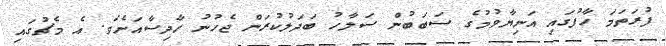
ފުރަތަމަ ހާފުގައި އަނިޔާވުމުގެ ސަބަބުން ސަލާހު ބަދަލުކުރަން ޖެހުނު ހާދިސާއަށެވެ. އެ މެޗުގައި